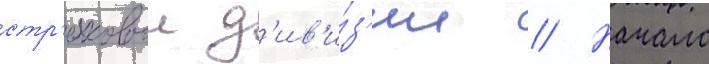
стр'елковои д'ив'и́з'ии // Начало